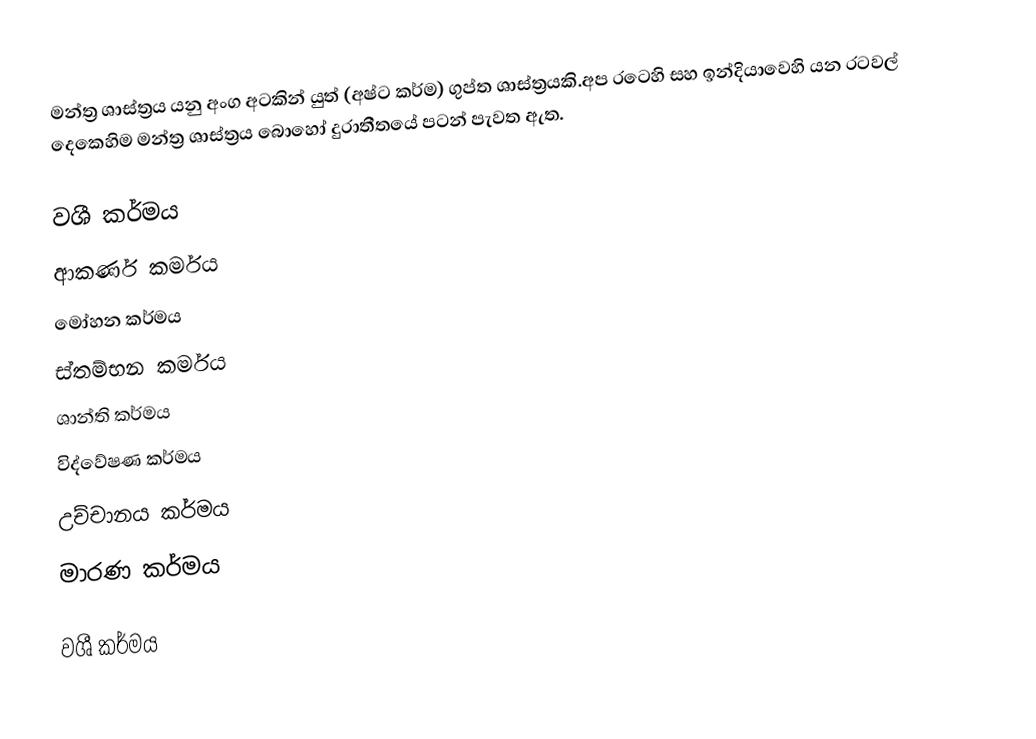
මන්ත්‍ර ශාස්ත්‍රය යනු අංග අටකින් යුත් (අෂ්ට කර්ම) ගුප්ත ශාස්ත්‍රයකි.අප රටෙහි සහ ඉන්දියාවෙහි යන රටවල් දෙකෙහිම මන්ත්‍ර ශාස්ත්‍රය බොහෝ දුරාතීතයේ පටන් පැවත ඇත.

 වශී කර්මය
 ආකර්ණ කර්මය
 මෝහන කර්මය
 ස්තම්භන කර්මය
 ශාන්ති කර්මය
 විද්වේෂණ කර්මය
 උච්චානය කර්මය
 මාරණ කර්මය

වශී කර්මය